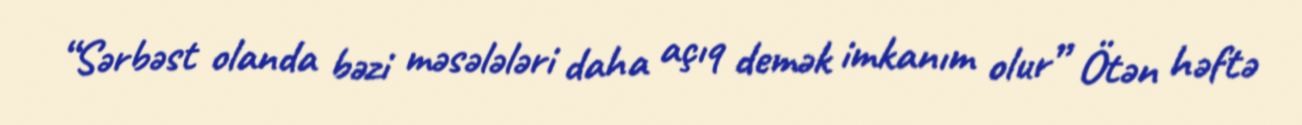
“Sərbəst olanda bəzi məsələləri daha açıq demək imkanım olur” Ötən həftə